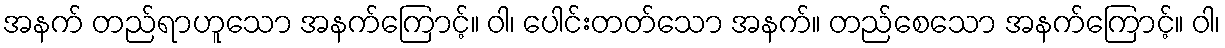
အနက် တည်ရာဟူသော အနက်ကြောင့်။ ဝါ၊ ပေါင်းတတ်သော အနက်။ တည်စေသော အနက်ကြောင့်။ ဝါ၊